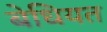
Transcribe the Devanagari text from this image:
बेधियत